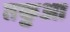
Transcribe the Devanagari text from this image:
तकुआ